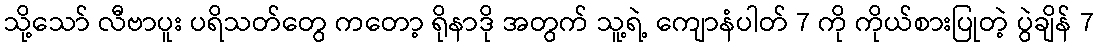
သို့သော် လီဗာပူး ပရိသတ်တွေ ကတော့ ရိုနာဒို အတွက် သူ့ရဲ့ ကျောနံပါတ် 7 ကို ကိုယ်စားပြုတဲ့ ပွဲချိန် 7